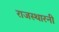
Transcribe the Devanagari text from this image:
राजस्थारनी